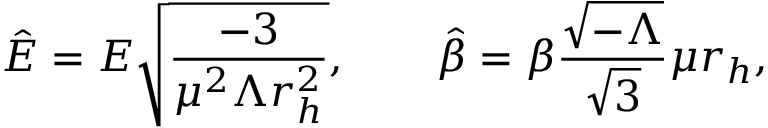
{ \hat { E } } = E { \sqrt { \frac { - 3 } { \mu ^ { 2 } \Lambda r _ { h } ^ { 2 } } } } , \qquad { \hat { \beta } } = \beta \frac { { \sqrt { - \Lambda } } } { { \sqrt { 3 } } } \mu r _ { h } ,